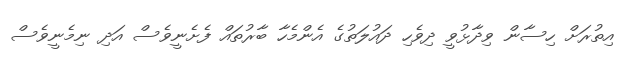
އިތުރަށް ހިސާން ވިދާޅުވީ ދިވެހި ދައުލަތުގެ އެންމެހާ ބާރުތައް ފެށެނީވެސް އަދި ނިމެނީވެސް